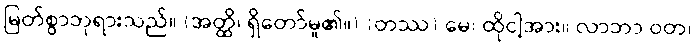
မြတ်စွာဘုရားသည်။ (အတ္ထိ၊ ရှိတော်မူ၏။) (တဿ) မေ၊ ထိုငါ့အား။ လာဘာ ဝတ၊